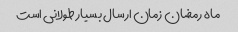
ماه رمضان زمان ارسال بسیار طولانی است